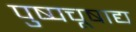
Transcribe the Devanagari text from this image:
पुष्पचूषाद्य